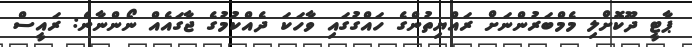
ޕާޓީ ދޫކޮށްލި މެމްބަރުންނަށް ރައްޔިތުންގެ ހައްގުގައި ވާހަކަ ދެއްކުމުގެ ޖާގައެއް ނޯންނާނެ: ރައީސް